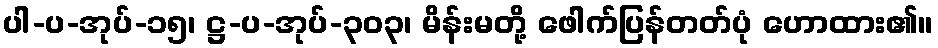
ပါ-ပ-အုပ်-၁၅၊ ဋ္ဌ-ပ-အုပ်-၃၀၃၊ မိန်းမတို့ ဖေါက်ပြန်တတ်ပုံ ဟောထား၏။